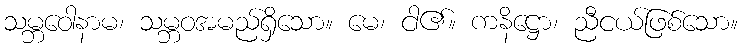
သမ္ဘဝေါနာမ၊ သမ္ဘဝအမည်ရှိသော။ မေ၊ ငါ၏။ ကနိဋ္ဌော၊ ညီငယ်ဖြစ်သော။